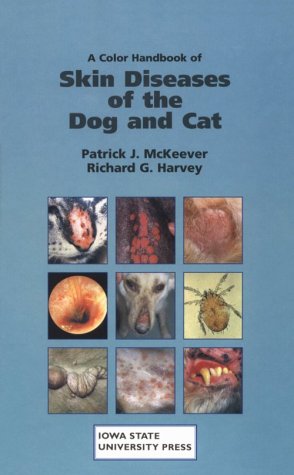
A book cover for A Color Handbook of Skin Diseases of the Dog and Cat; Patrick J. McKeever; Medical Books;